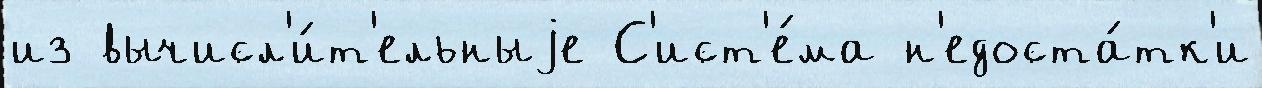
из вычисл'и́т'ельныjе С'ист'е́ма н'едоста́тк'и